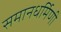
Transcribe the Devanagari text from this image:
समानधर्मिणी